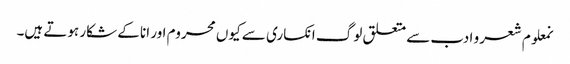
نمعلوم شعر و ادب سے متعلق لوگ انکساری سے کیوں محروم اور انا کے شکار ہوتے ہیں۔